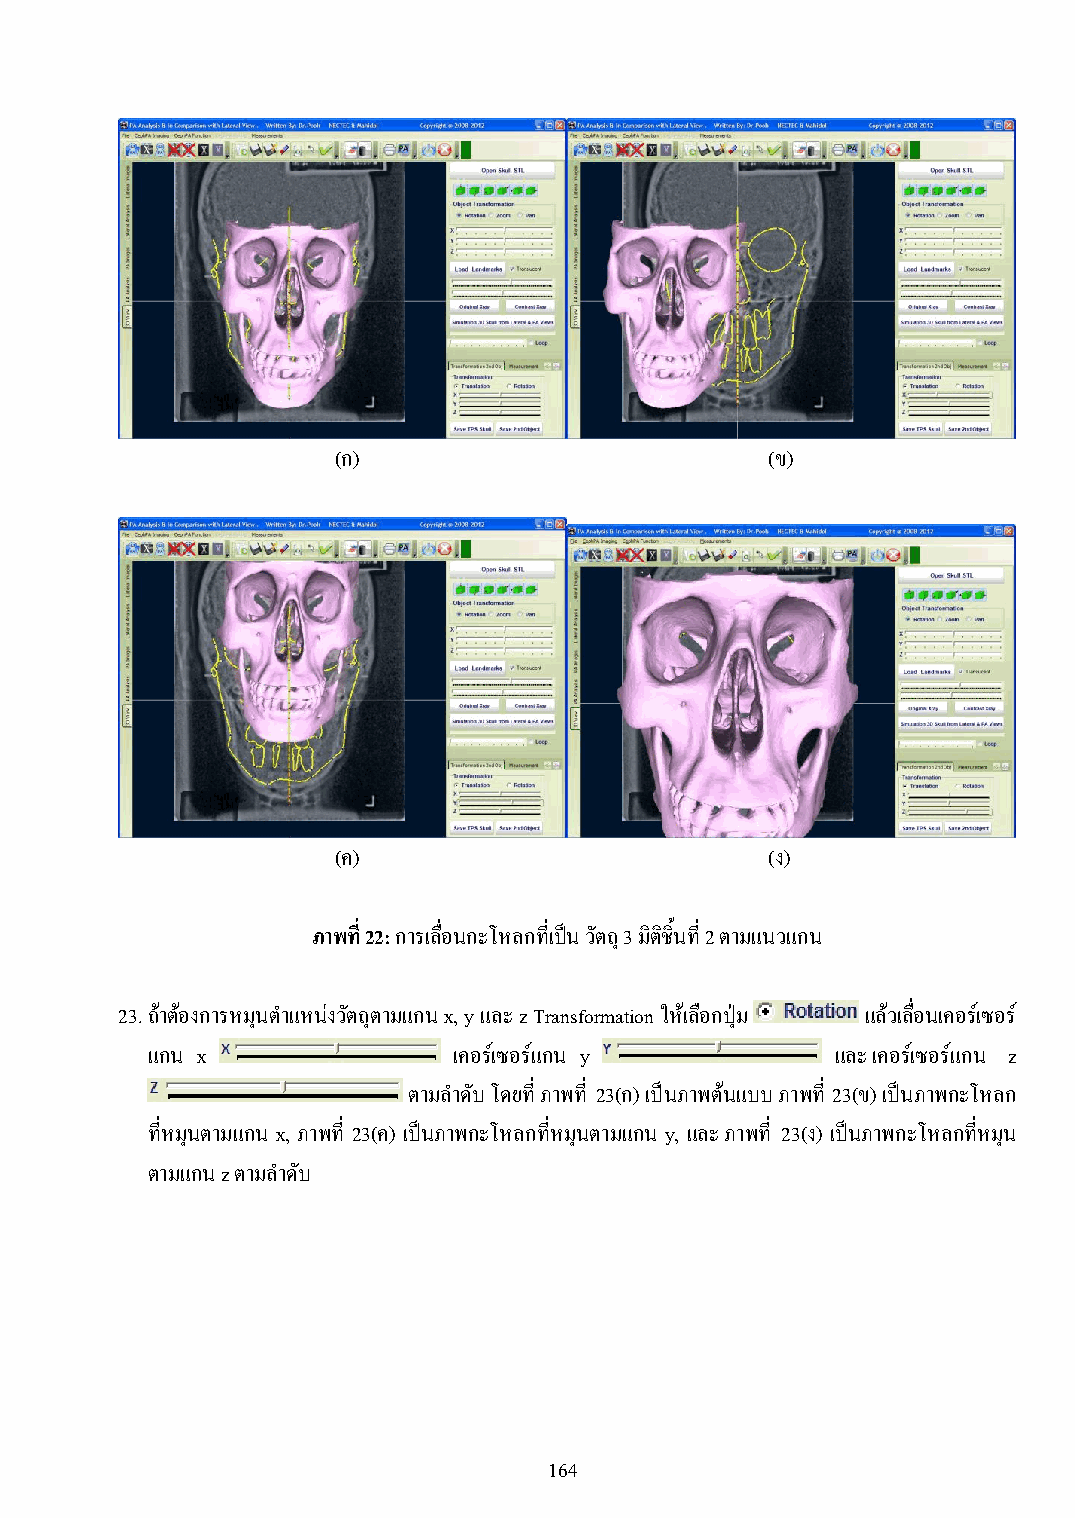
(ก)                          (ข)
 (ค)                          (ง)
 ภาพที่ 22: การเลื่อนกะโหลกที่เป็น วัตถุ 3 มิติชิ้นที่ 2 ตามแนวแกน
 23. ถ้าต้องการหมุนต าแหน่งวัตถุตามแกน x, y และ z Transformation ให้เลือกปุ่ม แล้วเลื่อนเคอร์เซอร์
 แกน x               เคอร์เซอร์แกน y          และ เคอร์เซอร์แกน z
 ตามล าดับ โดยที่ ภาพที่ 23(ก) เป็นภาพต้นแบบ ภาพที่ 23(ข) เป็นภาพกะโหลก
 ที่หมุนตามแกน x, ภาพที่ 23(ค) เป็นภาพกะโหลกที่หมุนตามแกน y, และ ภาพที่ 23(ง) เป็นภาพกะโหลกที่หมนุ
 ตามแกน z ตามล าดับ
 164